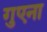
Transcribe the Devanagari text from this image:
गुएना